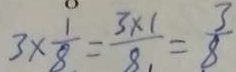
3 \times \frac { 1 } { 8 } = \frac { 3 \times 1 } { 8 } = \frac { 3 } { 8 }